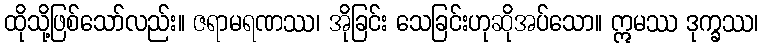
ထိုသို့ဖြစ်သော်လည်း။ ဇရာမရဏဿ၊ အိုခြင်း သေခြင်းဟုဆိုအပ်သော။ ဣမဿ ဒုက္ခဿ၊